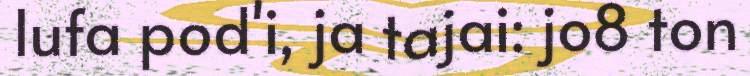
lufa pod'i, ja tajai: jo8 ton